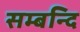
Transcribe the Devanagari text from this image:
सम्बन्दि